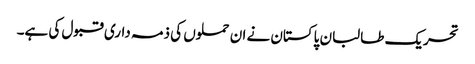
تحریک طالبان پاکستان نے ان حملوں کی ذمہ داری قبول کی ہے۔